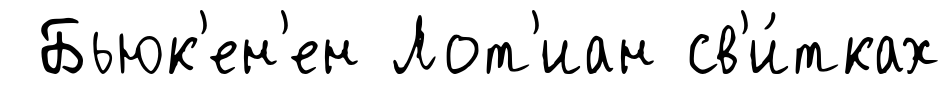
Бьюк'ен'ен Лот'иан св'и́тках